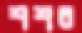
শশর